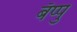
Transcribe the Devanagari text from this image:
बॅप्पु